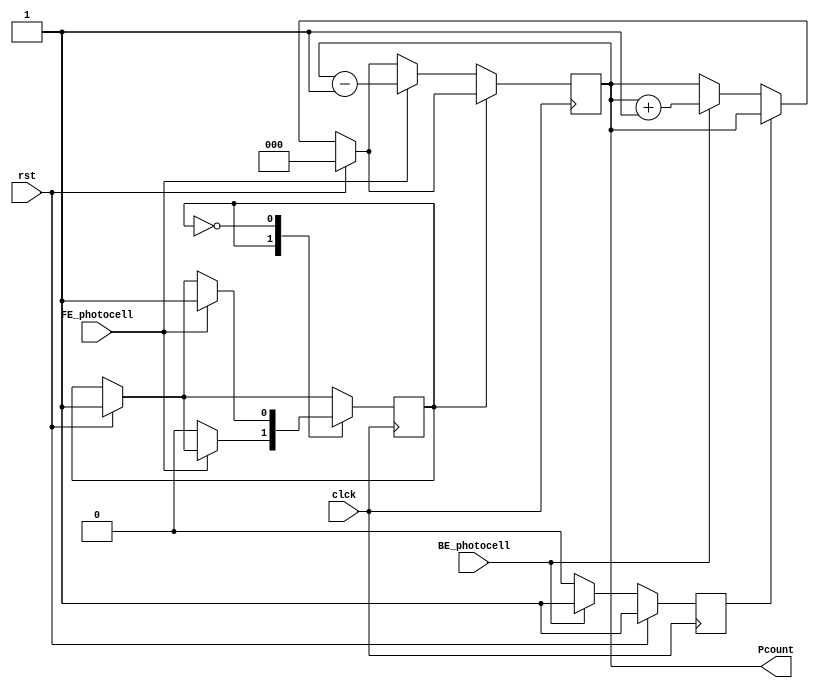
//============================ Counter of Peaple count ======================//
/*

Description:
Inputs:  
  * clk // System Clock
  * rst // System Reset
            
Ouputs     :
*/

module PcountCounter (input clck,rst,FE_photocell , BE_photocell ,output reg [2:0] Pcount);
  reg Bstate, Fstate; //back state, front state
  parameter ON = 1, CUT = 0; 
  
  always @(posedge clck) begin 
    if (rst) begin
      Pcount <= 0;
      Bstate <= ON;
      Fstate <= ON;
    end//if
    else
      case (Bstate)
        ON :  if (BE_photocell == 0) begin
                Bstate <= CUT;
              end//if
        CUT:  if (BE_photocell == 1) begin
                Pcount <= Pcount +1;
                Bstate   <= ON;
              end//if
      endcase//Bstate
      
      case (Fstate)
        ON :  if (FE_photocell == 0) begin
                Fstate <= CUT;
              end//if
        CUT:  if (FE_photocell == 1) begin
                Pcount <= Pcount -1;
                Fstate   <= ON;
              end//if
      endcase//Fstate
  end//always  
endmodule